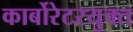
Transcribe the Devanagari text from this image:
कार्बोरेटरयुक्त